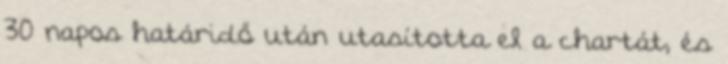
30 napos határidő után utasította el a chartát, és